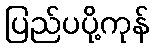
ပြည်ပပို့ကုန်